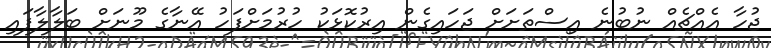
ޖުހާ އެއްޗެއް ނުބުނެ އިސްތަށަށް ޖަހައިގެން އިރުކޮޅަކު ހުރުމަށްފަހު އޭނާގެ މޫނަށް ބަލާލާފައި